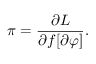
\pi = \frac { \partial { \cal L } } { \partial f [ \partial \varphi ] } .